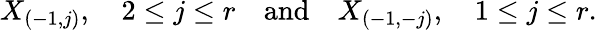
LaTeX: X_{(-1,j)},\quad 2\leq j\leq r\quad\mathrm{and}\quad X_{(-1,-j)},\quad 1\leq j\leq r.